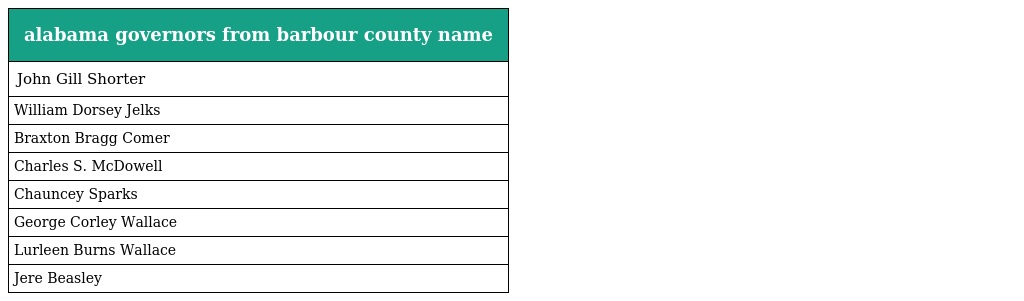
| alabama governors from barbour county name |
 | --- |
 | John Gill Shorter |
 | William Dorsey Jelks |
 | Braxton Bragg Comer |
 | Charles S. McDowell |
 | Chauncey Sparks |
 | George Corley Wallace |
 | Lurleen Burns Wallace |
 | Jere Beasley |